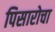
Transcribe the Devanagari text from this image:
पिसारोचा